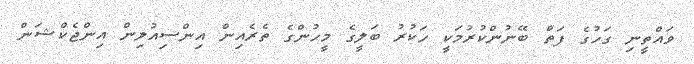
ވައްތީނި ގަހުގެ ފަތް ބޭނުންކުރުމަކީ ހަކުރު ބަލީގެ މީހުންގެ ތެރެއިން އިންސިއުލިން އިންޖެކްޝަން